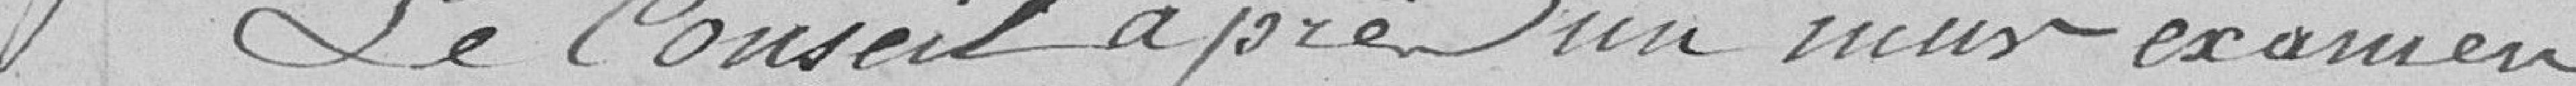
Le conseil, après un nouvel examen